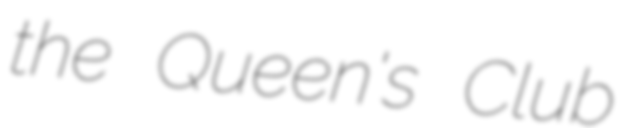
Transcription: the Queen's Club